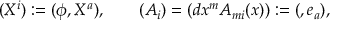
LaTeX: ( X ^ { i } ) : = ( \phi , X ^ { a } ) , \qquad ( A _ { i } ) = ( d x ^ { m } A _ { m i } ( x ) ) : = ( \o , e _ { a } ) ,